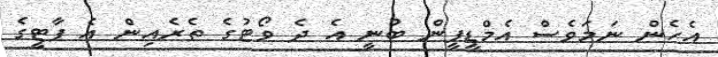
އެހެން ނަމަވެސް އެމްޑީޕީން ބުނީ އެ ދެ ވޯޓުގެ ތެރެއިން އެ ޕާޓީގެ